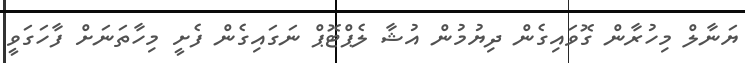
ޔަނާލް މިހުރާން ގޮވައިގެން ދިޔުމުން އުޝާ ލެޕްޓޮޕް ނަގައިގެން ފެށީ މިހާތަނަށް ފާހަގަވީ